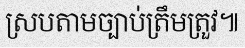
ស្របតាមច្បាប់ត្រឹមត្រួវ៕